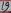
Text: 18